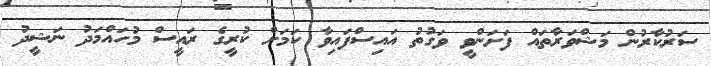
ސަރުކާރުން މަޝްވަރާތައް ފަށަންވީ ވަގުތު އައިސްފައިވާ ކަމަށް ކުރީގެ ރައީސް މުހައްމަދު ނަޝީދު